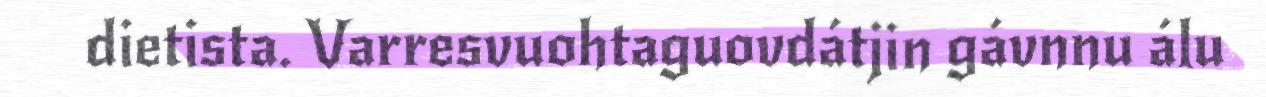
dietista. Varresvuohtaguovdátjin gávnnu álu